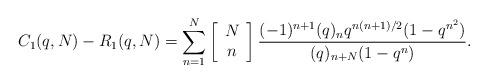
LaTeX: \begin{align*}C_1(q, N)-R_1(q, N)=\sum_{n=1}^{N}\left[\begin{array}{c}N\\n\end{array}\right]\frac{(-1)^{n+1}(q)_nq^{n(n+1)/2}(1-q^{n^2})}{(q)_{n+N}(1-q^n)}.\end{align*}